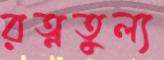
রত্নতুল্য